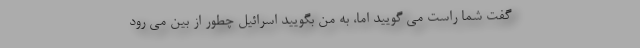
گفت شما راست می گویید اما، به من بگویید اسرائیل چطور از بین می رود